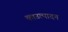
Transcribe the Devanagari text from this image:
काउत्पादन